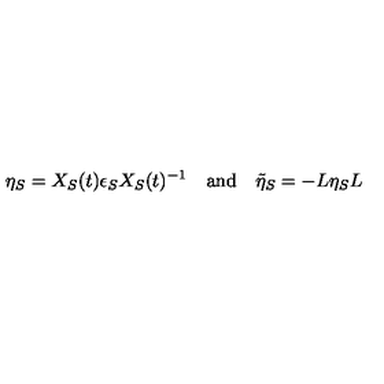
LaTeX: \eta _ { S } = X _ { S } ( t ) \epsilon _ { S } X _ { S } ( t ) ^ { - 1 } \quad \mathrm { a n d } \quad \tilde { \eta } _ { S } = - L \eta _ { S } L